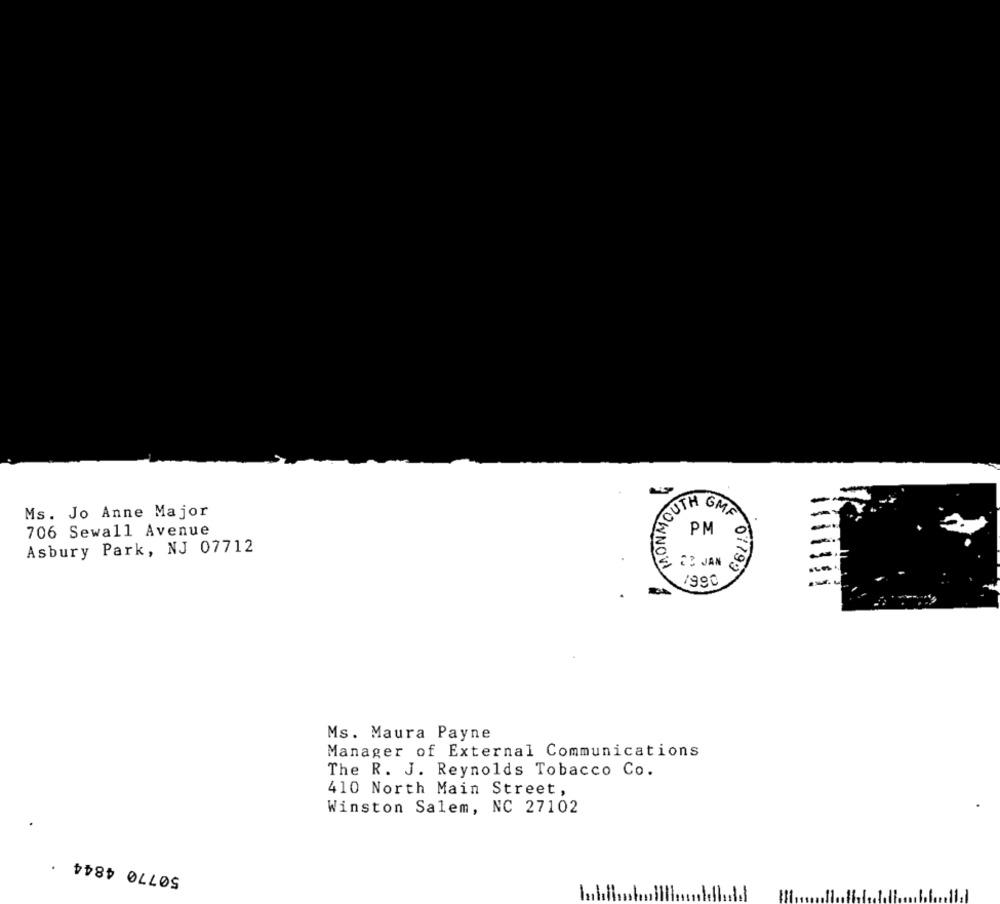
Ms. Jo Anne Major
YOUTH GME
706 Sewall Avenue
Asbury Park, NJ 07712
PM
& 23 JAN
01799
1990
Ms. Maura Payne
Manager of External Communications
The R. J. Reynolds Tobacco Co.
410 North Main Street,
Winston Salem, NC 27102
50770 4844